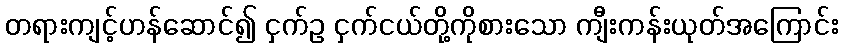
တရားကျင့်ဟန်ဆောင်၍ ငှက်ဥ ငှက်ငယ်တို့ကိုစားသော ကျီးကန်းယုတ်အကြောင်း